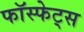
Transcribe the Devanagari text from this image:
फॉस्फेट्स